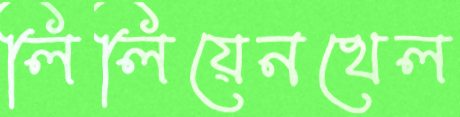
লিলিয়েনথেল